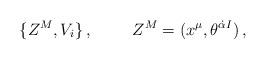
LaTeX: \begin{align*}\{Z^{M},V_{i}\}\, ,\hspace{1cm}Z^{M}=(x^{\mu},\theta^{\dot{\alpha} I})\, ,\end{align*}